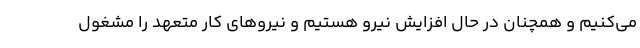
می‌کنیم و همچنان در حال افزایش نیرو هستیم و نیروهای کار متعهد را مشغول